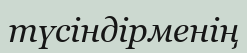
түсіндірменің